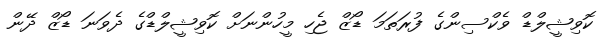
ކޮވިޝީލްޑް ވެކްސިންގެ ފުރަތަމަ ޑޯޒް ޖެހި މީހުންނަށް ކޮވިޝީލްޑްގެ ދެވަނަ ޑޯޒް ދޭން